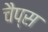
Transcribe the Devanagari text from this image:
चैप्स